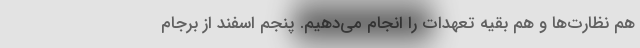
هم نظارت‌ها و هم بقیه تعهدات را انجام می‌دهیم. پنجم اسفند از برجام